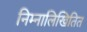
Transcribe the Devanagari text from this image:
निम्नालिखितित